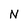
Character: N